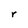
Character: r